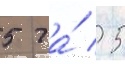
5 га́ / 5